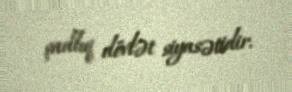
şadlıq dövlət siyasətidir.